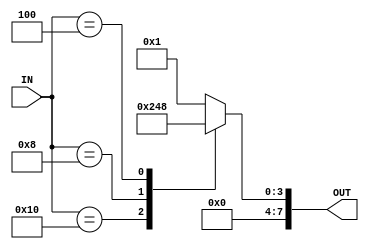

module CLKDIV_MUX   (
input    wire     [5:0]              IN,
output   reg      [7:0]        OUT
);


always @(*)
  begin
	case(IN) 
	6'b100000 : begin
				OUT = 'd1 ;
				end
	6'b010000 : begin
				OUT = 'd2 ;
				end	
	6'b001000 : begin
				OUT = 'd4 ;
				end	
	6'b000100 : begin
				OUT = 'd8 ;
				end
	default   : begin
				OUT = 'd1 ;
				end					
	endcase
  end	
  
  
  
  
endmodule